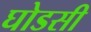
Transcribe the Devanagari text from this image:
घोडसी